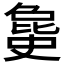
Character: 𣬐